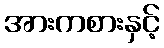
အားကစားနှင့်